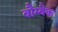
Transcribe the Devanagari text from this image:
बौम्बैक